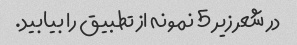
در شعر زیر 5 نمونه از تطبیق را بیابید.